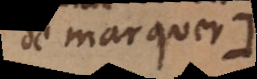
de marquer:),